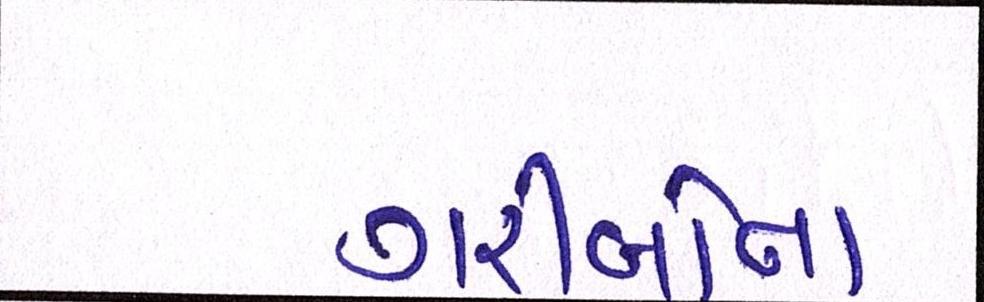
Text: ગરીબોના